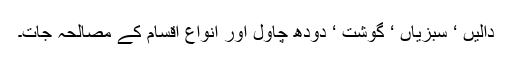
دالیں ‘ سبزیاں ‘ گوشت ‘ دودھ چاول اور انواع اقسام کے مصالحہ جات۔